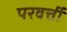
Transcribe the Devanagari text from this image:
परवर्त्ती